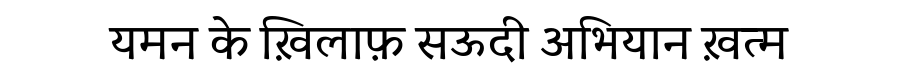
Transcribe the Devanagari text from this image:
यमन के ख़िलाफ़ सऊदी अभियान ख़त्म